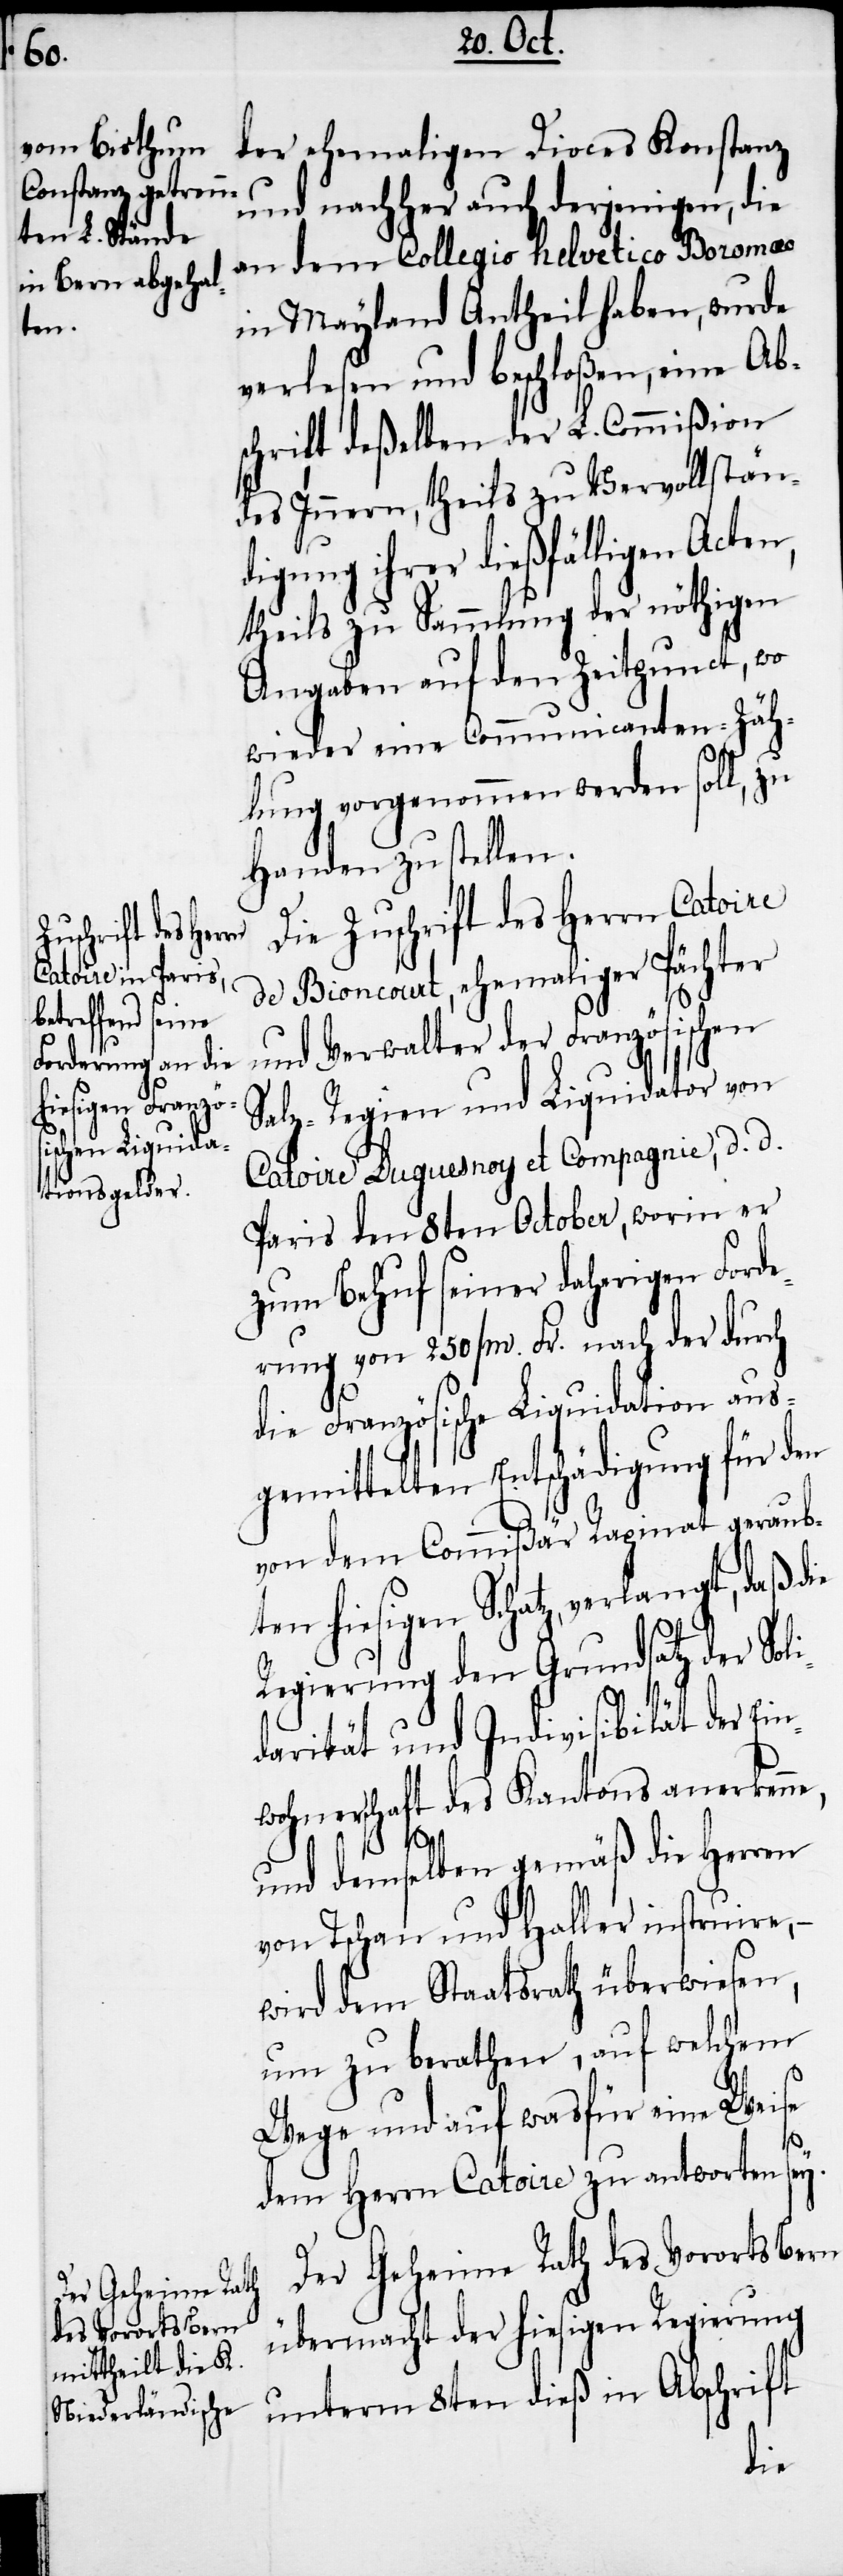
der ehemaligen Dioces Konstanz
und nachher auch derjenigen, die
an dem Collegio Helvetico Boromaeo
in Mayland Antheil haben, wurde
ten,
verlesen und beschloßen, eine Ab¬
schrift deßelben der L. Commißion
des Innern, theils zu Vervollstän¬
digung ihrer dießfälligen Ac¬
theils zu Sammlung der nöthigen
Angaben auf den Zeitpunct, wo
wieder eine Communicanten-Zäh¬
lung vorgenommen werden soll, zu
Handen zu stellen.
Die Zuschrift des Herrn Catoire
unterm 8ten
de Bioncourt, ehemaliger Pächter
und Verwalter der Französischen
Salz-Regien und Liquidator von
Catoire Duquesnoy et Compagnie, d. d.
Paris den 8ten October, worin er
zum Behuf seiner daherigen Ford¬
erung von 250000. Fr. nach der durch
die Französische Liquidation aus¬
gemittelten Entschädigung für den
von dem Commißär Rapinat geraub¬
ten hiesigen Schatz, verlangt, daß
Regierung den Grundsatz der Sol¬
idarität und Indivisibilät der Ei¬
nwohnerschaft des Kantons anerkenne,
und demselben gemäß die Herren
von Tschan und Haller instruire,
wird dem Staatsrath überwiesen,
um zu berathen, auf welchem
Wege und auf wasfür eine Weise
dem Herrn Catoire zu antworten sey.
Der Geheime Rath des Vororts Bern
übermacht der hiesigen Regierung
dieß